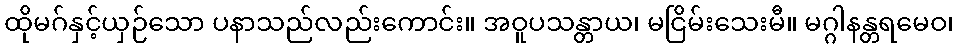
ထိုမဂ်နှင့်ယှဉ်သော ပနာသည်လည်းကောင်း။ အဝူပသန္တာယ၊ မငြိမ်းသေးမီ။ မဂ္ဂါနန္တရမေဝ၊